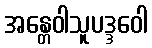
အန္တေဝါသူပဒ္ဒဝေါ